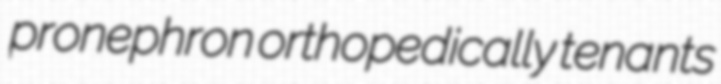
pronephron orthopedically tenants